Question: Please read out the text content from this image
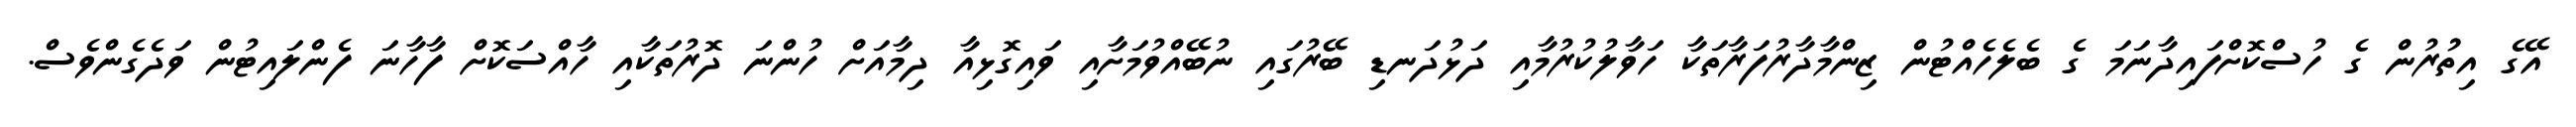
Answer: އޭގެ އިތުުރުން ގެ ހުސްކޮށްފައިދާނަމަ ގެ ބެލެހެއްޓުން ޒިންމާދާރުފަރާތަކާ ހަވާލުކުރުމާއި ދަޅުދަނޑި ބޭރުގައި ނުބޭއްވުމަށާއި ވައިގޮޅިއާ ދިމާއަށް ހުންނަ ދޮރުތަކާއި ހާއްސަކޮށް ފާހާނަ ފެންލައިޓުން ވަދެގެންވެސް.